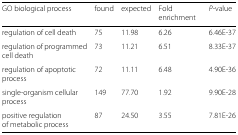
<table><thead><tr><td><b>GO biological process</b></td><td><b>found</b></td><td><b>expected</b></td><td><b>Fold enrichment</b></td><td><b><i>P</i>-value</b></td></tr></thead><tbody><tr><td>regulation of cell death</td><td>75</td><td>11.98</td><td>6.26</td><td>6.46E-37</td></tr><tr><td>regulation of programmed cell death</td><td>73</td><td>11.21</td><td>6.51</td><td>8.33E-37</td></tr><tr><td>regulation of apoptotic process</td><td>72</td><td>11.11</td><td>6.48</td><td>4.90E-36</td></tr><tr><td>single-organism cellular process</td><td>149</td><td>77.70</td><td>1.92</td><td>9.90E-28</td></tr><tr><td>positive regulation of metabolic process</td><td>87</td><td>24.50</td><td>3.55</td><td>7.81E-26</td></tr></tbody></table>